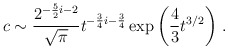
\begin{align*}c\sim {2^{-{5\over 2}i-2}\over \sqrt{\pi}} t^{-{3\over 4}i - {3\over 4}}\exp\left({4\over 3} t^{3/2}\right)\, .\end{align*}